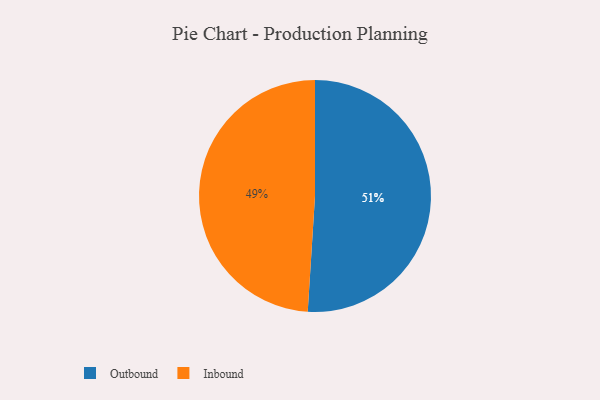
{"axis": {"x": "Category", "y": "Percentage"}, "legend": ["Inbound", "Outbound"], "data": [{"x": "Outbound", "y": 51, "type": "Outbound"}, {"x": "Inbound", "y": 49, "type": "Inbound"}]}